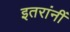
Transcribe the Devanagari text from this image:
इतरांनीं